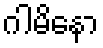
ဂါမိနော